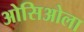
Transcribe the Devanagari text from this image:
ओसिओला